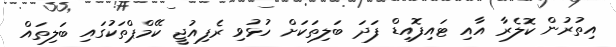
އިތުރުން ކޮލެރާ އާއި ޓައިފޮއިޑް ފަދަ ބަލިތަކަށް ހުޅުވި ރެފިއުޖީ ކޭމްޕްތަކުގައި ބަލިތައް